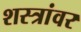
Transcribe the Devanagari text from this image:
शस्त्रांवर